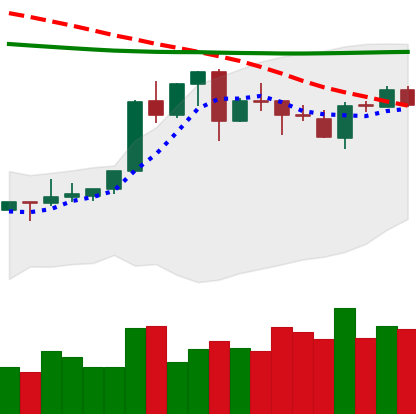
Ticker: XLM-USD
Chart end date: 2020-04-19
Forward return: 25.205%
Label: up_7plus